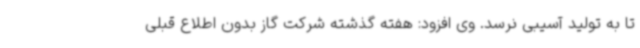
تا به تولید آسیبی نرسد. وی افزود: هفته گذشته شرکت گاز بدون اطلاع قبلی